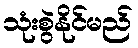
သုံးစွဲနိုင်မည်